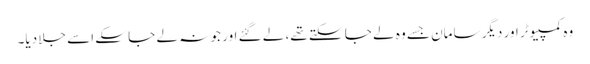
وہ کمپیوٹر اور دیگر سامان جسے وہ لے جا سکتے تھے، لے گئے اور جو نہ لے جا سکے اسے جلا دیا۔